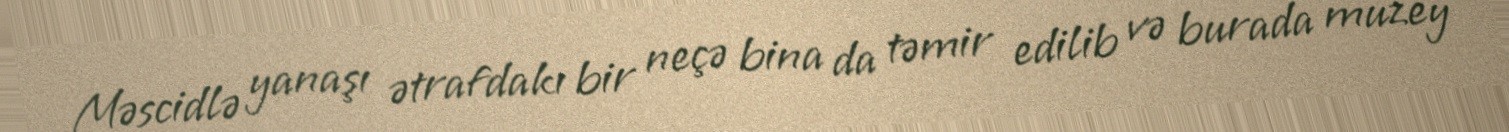
Məscidlə yanaşı ətrafdakı bir neçə bina da təmir edilib və burada muzey